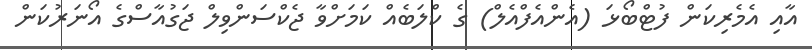
އާއި އެމެރިކަން ފުޓްބޯޅަ (އެންއެފްއެލް) ގެ ކްލަބެއް ކަމަށްވާ ޖެކްސަންވިލް ޖަގުއާސްގެ އޯނަރުކަން